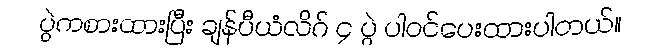
ပွဲကစားထားပြီး ချန်ပီယံလိဂ် ၄ ပွဲ ပါဝင်ပေးထားပါတယ်။